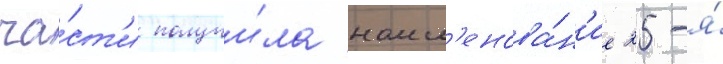
ча́ст'и получи́ла наим'енова́н'ие 25-я́